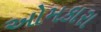
ઓમકારા